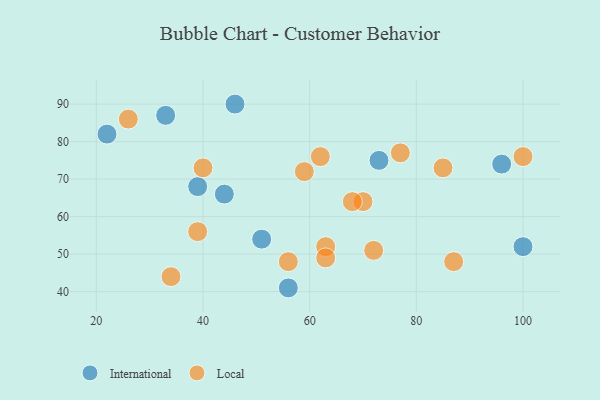
{"axis": {"x": "GDP", "y": "Life Expectancy"}, "legend": ["International", "Local"], "data": [{"x": "46", "y": 90, "type": "International"}, {"x": "39", "y": 68, "type": "International"}, {"x": "73", "y": 75, "type": "International"}, {"x": "44", "y": 66, "type": "International"}, {"x": "100", "y": 52, "type": "International"}, {"x": "96", "y": 74, "type": "International"}, {"x": "51", "y": 54, "type": "International"}, {"x": "56", "y": 41, "type": "International"}, {"x": "22", "y": 82, "type": "International"}, {"x": "33", "y": 87, "type": "International"}, {"x": "40", "y": 73, "type": "Local"}, {"x": "63", "y": 52, "type": "Local"}, {"x": "87", "y": 48, "type": "Local"}, {"x": "100", "y": 76, "type": "Local"}, {"x": "70", "y": 64, "type": "Local"}, {"x": "62", "y": 76, "type": "Local"}, {"x": "59", "y": 72, "type": "Local"}, {"x": "34", "y": 44, "type": "Local"}, {"x": "85", "y": 73, "type": "Local"}, {"x": "72", "y": 51, "type": "Local"}, {"x": "68", "y": 64, "type": "Local"}, {"x": "26", "y": 86, "type": "Local"}, {"x": "56", "y": 48, "type": "Local"}, {"x": "63", "y": 49, "type": "Local"}, {"x": "77", "y": 77, "type": "Local"}, {"x": "39", "y": 56, "type": "Local"}]}